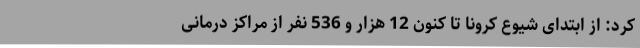
کرد: از ابتدای شیوع کرونا تا کنون 12 هزار و 536 نفر از مراکز درمانی